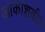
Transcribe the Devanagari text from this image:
आकाशकीय